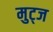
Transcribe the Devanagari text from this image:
मुट्‌ज